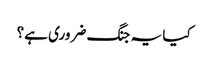
کیا یہ جنگ ضروری ہے؟